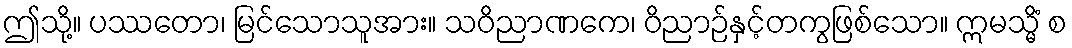
ဤသို့။ ပဿတော၊ မြင်သောသူအား။ သဝိညာဏကေ၊ ဝိညာဉ်နှင့်တကွဖြစ်သော။ ဣမသ္မိံ စ